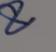
Signature authenticity: genuine